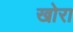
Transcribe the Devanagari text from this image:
खोरा